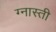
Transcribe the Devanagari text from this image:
ग्नास्ती